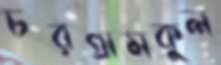
চরগ্রামকুল